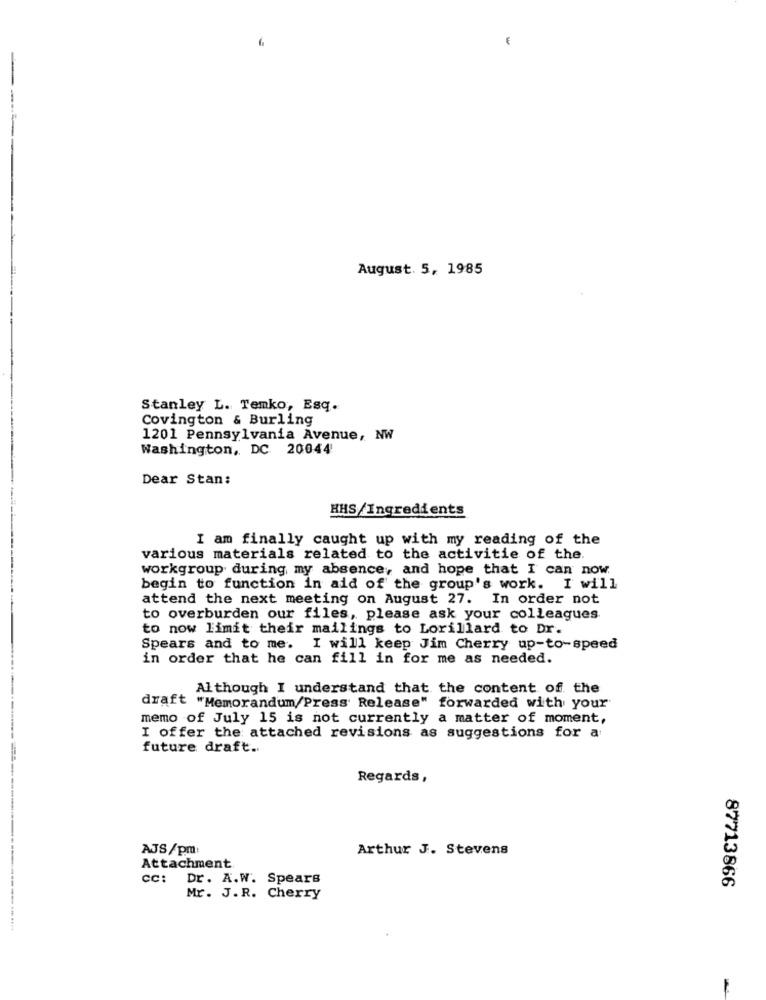
August. 5, 1985
Stanley L. Temko, Esq.
Covington & Burling
1201 Pennsylvania Avenue, NW
Washington, DC 20044
Dear Stan:
HHS/Ingredients
I am finally caught up with my reading of the
various materials related to the activitie of the.
workgroup during my absence, and hope that I can now.
begin to function in aid of the group's work. I will
attend the next meeting on August 27. In order not
to overburden our files, please ask your colleagues
to now limit their mailings to Lorillard to Dr.
Spears and to me. I will keep Jim Cherry up-to-speed
in order that he can fill in for me as needed.
Although I understand that the content of the
draft "Memorandum/Press Release" forwarded with your
memo of July 15 is not currently a matter of moment,
I offer the attached revisions as suggestions for a
future draft ..
Regards,
AJS/pm
Arthur J. Stevens
Attachment
CC:
Dr. A.W. Spears
87713866
Mr. J.R. Cherry